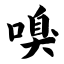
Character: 嗅